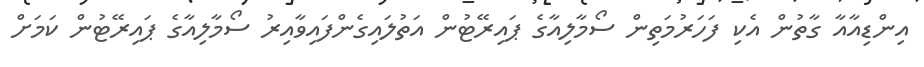
އިންޑިއާއާ ގާތުން އެކި ފަހަރުމަތިން ސޯމާލިއާގެ ޕައިރޭޓުން އަތުލައިގެންފައިވާއިރު ސޯމާލިއާގެ ޕައިރޭޓުން ކަމަށް